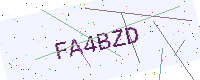
Text: FA4BZD